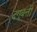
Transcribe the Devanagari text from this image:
दगूबत्ती